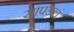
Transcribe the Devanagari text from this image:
सापडलं